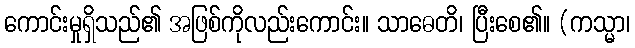
ကောင်းမှုရှိသည်၏ အဖြစ်ကိုလည်းကောင်း။ သာဓေတိ၊ ပြီးစေ၏။ (ကသ္မာ၊